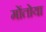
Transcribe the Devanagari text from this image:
मोंतोया